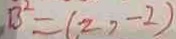
B ^ { 2 } = ( 2 , - 2 )